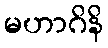
မဟာဂိနိ